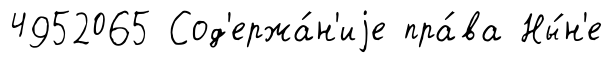
4952065 Сод'ержа́н'иjе пра́ва Ны́н'е